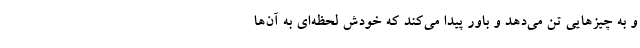
و به چیزهایی تن می‌دهد و باور پیدا می‌کند که خودش لحظه‌ای به آن‌ها